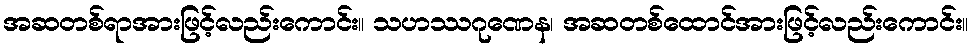
အဆတစ်ရာအားဖြင့်လည်းကောင်း။ သဟဿဂုဏေန၊ အဆတစ်ထောင်အားဖြင့်လည်းကောင်း။